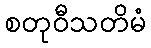
စတုဝီသတိမံ